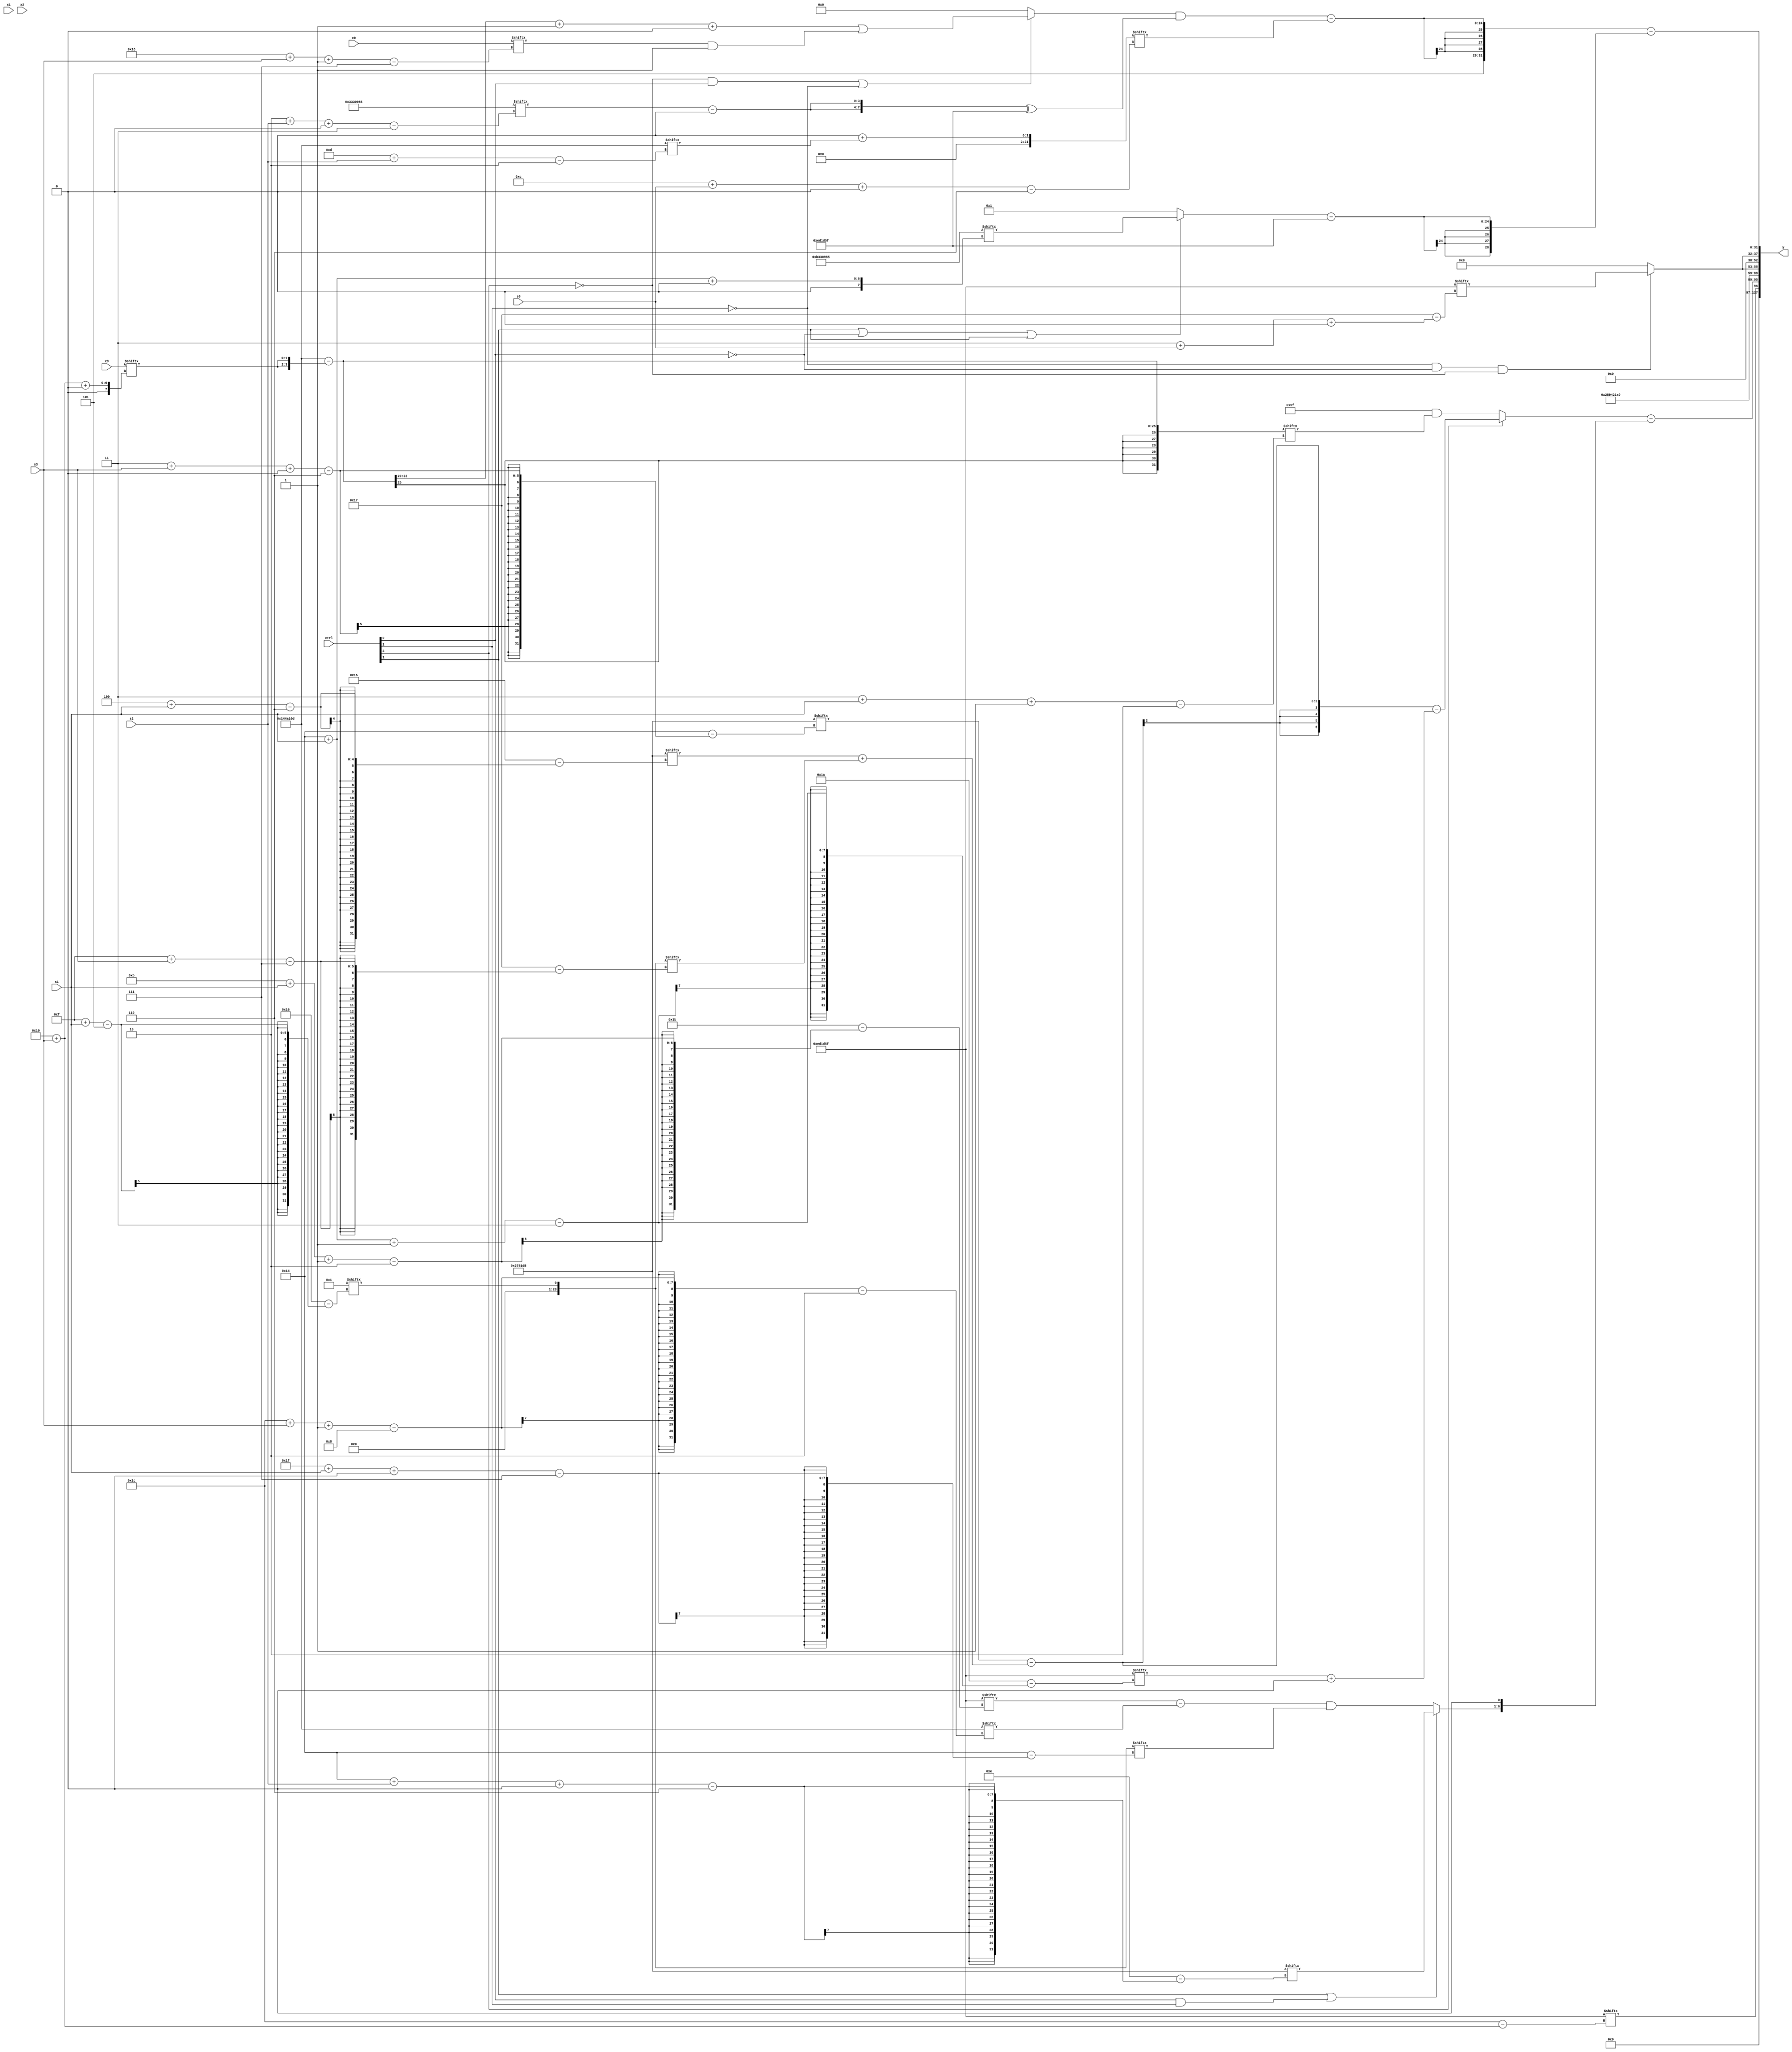
module partsel_00444(ctrl, s0, s1, s2, s3, x0, x1, x2, x3, y);
  input [3:0] ctrl;
  input [2:0] s0;
  input [2:0] s1;
  input [2:0] s2;
  input [2:0] s3;
  input [31:0] x0;
  input signed [31:0] x1;
  input signed [31:0] x2;
  input [31:0] x3;
  wire signed [28:3] x4;
  wire [7:29] x5;
  wire signed [4:24] x6;
  wire signed [5:27] x7;
  wire [31:0] x8;
  wire [7:26] x9;
  wire signed [24:7] x10;
  wire [27:0] x11;
  wire signed [27:6] x12;
  wire signed [7:30] x13;
  wire [0:27] x14;
  wire [29:2] x15;
  output [127:0] y;
  wire signed [31:0] y0;
  wire signed [31:0] y1;
  wire [31:0] y2;
  wire signed [31:0] y3;
  assign y = {y0,y1,y2,y3};
  localparam signed [30:0] p0 = 187894149;
  localparam [0:28] p1 = 15539551;
  localparam signed [6:27] p2 = 363299288;
  localparam [26:2] p3 = 189047053;
  assign x4 = p0;
  assign x5 = p2[10];
  assign x6 = p3[13];
  assign x7 = x5;
  assign x8 = (p3 - {2{x3[16 + s3 +: 2]}});
  assign x9 = {2{p1[14 +: 1]}};
  assign x10 = (!ctrl[2] || !ctrl[2] || ctrl[0] ? x3[13 + s3] : {(!ctrl[3] || !ctrl[3] || !ctrl[3] ? p3[16 -: 1] : ({2{p3}} - p0[18 + s1])), {2{(x7[17 + s1 -: 1] & (!ctrl[2] || !ctrl[3] || !ctrl[0] ? p3[14 +: 4] : p2))}}});
  assign x11 = ((p3[4 + s3 +: 4] & x9[17 +: 3]) ^ x5[19]);
  assign x12 = ({2{x11[15]}} + p3[13 + s2]);
  assign x13 = x7[15 + s1];
  assign x14 = p2[20 + s2 +: 8];
  assign x15 = {2{(x4[2 + s2 +: 4] - x9[13 +: 4])}};
  assign y0 = p1[16 + s3];
  assign y1 = {({(p3[16 +: 4] + p1[8 +: 2]), (ctrl[2] && !ctrl[2] || ctrl[3] ? ((p2[3 + s3 +: 2] - (p2[4 + s1] + x13[15 + s3])) - (p1[20 + s1 -: 3] + p1[13])) : (p1 & x8[3 + s1 -: 2]))} - {{2{(ctrl[1] || ctrl[0] && ctrl[2] ? x14 : ((p1[11 + s1 -: 2] - p3[28 + s3 -: 8]) & x13[31 + s1 +: 4]))}}, p3[12 -: 1]}), p3};
  assign y2 = {2{(!ctrl[2] && !ctrl[0] && !ctrl[3] ? p1[3 + s0 +: 6] : x6)}};
  assign y3 = ({p0, (((!ctrl[3] && ctrl[0] || !ctrl[2] ? (((x8[22 -: 3] + x5) + p0[14]) | (x0[24 + s3 -: 7] & x7)) : p3[13 +: 2]) & (x15 ^ p1)) - x12[12 + s0 +: 8])} - {p2, ((ctrl[1] || !ctrl[0] || ctrl[1] ? p0[20 + s1 +: 6] : p3[20 -: 1]) - p1)});
endmodule